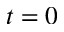
t = 0